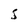
Character: 5